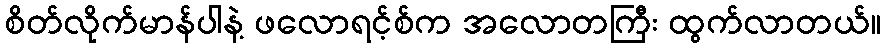
စိတ်လိုက်မာန်ပါနဲ့ ဖလောရင့်စ်က အလောတကြီး ထွက်လာတယ်။